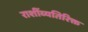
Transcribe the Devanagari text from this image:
राशींव्यतिरिक्त